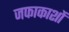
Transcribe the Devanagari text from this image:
जफाकाशों